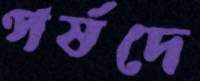
পর্ষদে